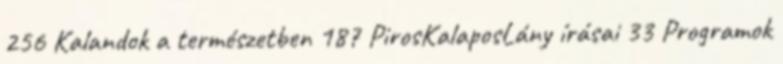
256 Kalandok a természetben 187 PirosKalaposLány írásai 33 Programok